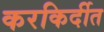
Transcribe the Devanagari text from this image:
करकिर्दीत